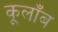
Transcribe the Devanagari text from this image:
कूलाँब